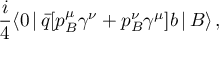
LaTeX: { \frac { i } { 4 } } \langle 0 \, | \, \bar { q } [ p _ { B } ^ { \mu } \gamma ^ { \nu } + p _ { B } ^ { \nu } \gamma ^ { \mu } ] b \, | \, B \rangle \, ,